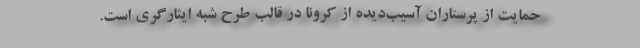
حمایت از پرستاران آسیب‌دیده از کرونا در قالب طرح شبه ایثارگری است.